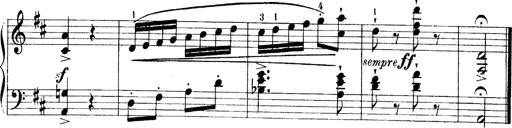
Title: 4 Sonatines
Composer: Max Reger